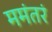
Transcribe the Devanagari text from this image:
ममंतरं